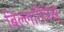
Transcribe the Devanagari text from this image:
बिल्लागैन्नेस्र्